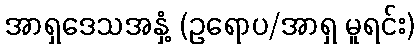
အာရှဒေသအနှံ့ (ဥရောပ/အာရှ မူရင်း)